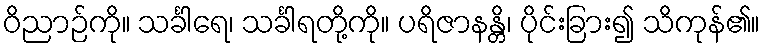
ဝိညာဉ်ကို။ သင်္ခါရေ၊ သင်္ခါရတို့ကို။ ပရိဇာနန္တိ၊ ပိုင်းခြား၍ သိကုန်၏။